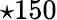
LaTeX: \star 150